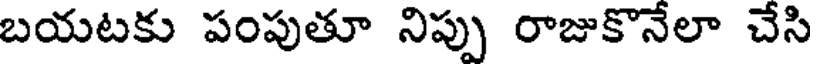
బయటకు పంపుతూ నిప్పు రాజుకొనేలా చేసి